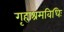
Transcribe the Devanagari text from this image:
गृहाश्रमविधिः